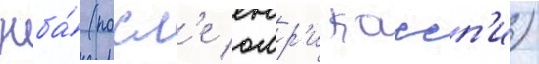
нба́ (посл'е омр'и кассп'и)